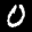
Label: 0